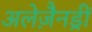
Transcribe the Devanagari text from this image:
अलेज़ैनड्रीं